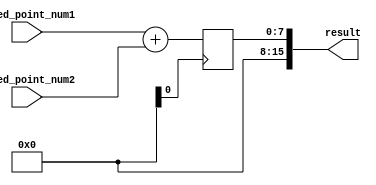
module fixed_point_adder (
    input [7:0] fixed_point_num1,
    input [7:0] fixed_point_num2,
    output reg [15:0] result
);

reg [7:0] add_result;

always @ (posedge clk) begin
    add_result <= fixed_point_num1 + fixed_point_num2;
end

// Arithmetic blocks
// Additional operations can be added here

// Control logic
// Control logic for coordinating the adder and arithmetic blocks can be added here

assign result = add_result;

endmodule